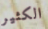
الكثير